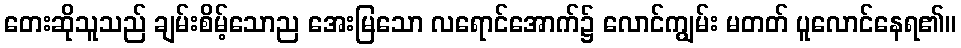
တေးဆိုသူသည် ချမ်းစိမ့်သောည အေးမြသော လရောင်အောက်၌ လောင်ကျွမ်း မတတ် ပူလောင်နေရ၏။